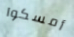
أمسكوا